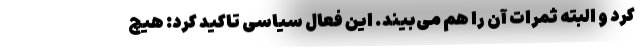
کرد و البته ثمرات آن را هم می‌بیند. این فعال سیاسی تاکید کرد: هیچ